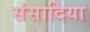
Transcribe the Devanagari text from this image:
संसादिया